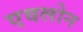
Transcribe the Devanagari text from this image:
एवलोन